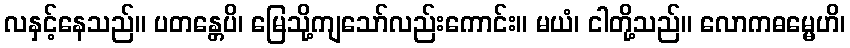
လနှင့်နေသည်။ ပတန္တေပိ၊ မြေသို့ကျသော်လည်းကောင်း။ မယံ၊ ငါတို့သည်။ လောကဓမ္မေဟိ၊